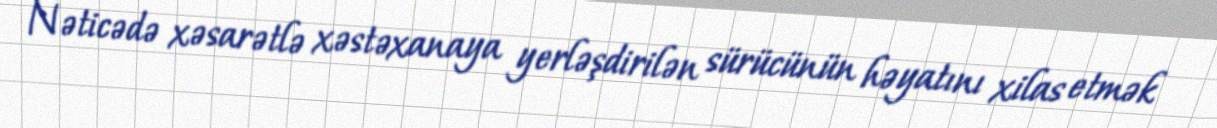
Nəticədə xəsarətlə xəstəxanaya yerləşdirilən sürücünün həyatını xilas etmək